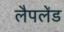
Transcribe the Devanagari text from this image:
लैपलेंड